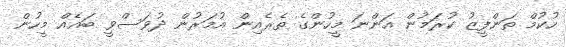
ހުކުމް ތަންފީޒު ކުރަމުން އަންނަ މީހުންގެ ތެރެއިން އުމަރުން ދުވަސްވީ ބައެއް މީހުން